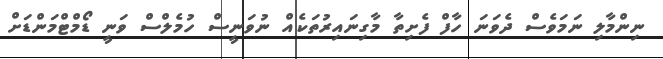
ނިންމާލި ނަމަވެސް ދެވަނަ ހާފް ފެށިތާ މާގިނައިރުތަކެއް ނުވަނީސް ހުމެލްސް ވަނީ ޑޯމްޓްމަންޑަށް